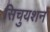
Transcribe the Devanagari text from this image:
सिचुयशन